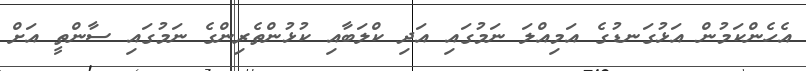
އެހެންކަމުން އަޅުގަނޑުގެ އަމިއްލަ ނަމުގައި އަދި ކްލަބާއި ކުޅުންތެރިންގެ ނަމުގައި ސާންތީ އަށް